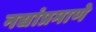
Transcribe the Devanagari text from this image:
नद्यांप्रमाणे